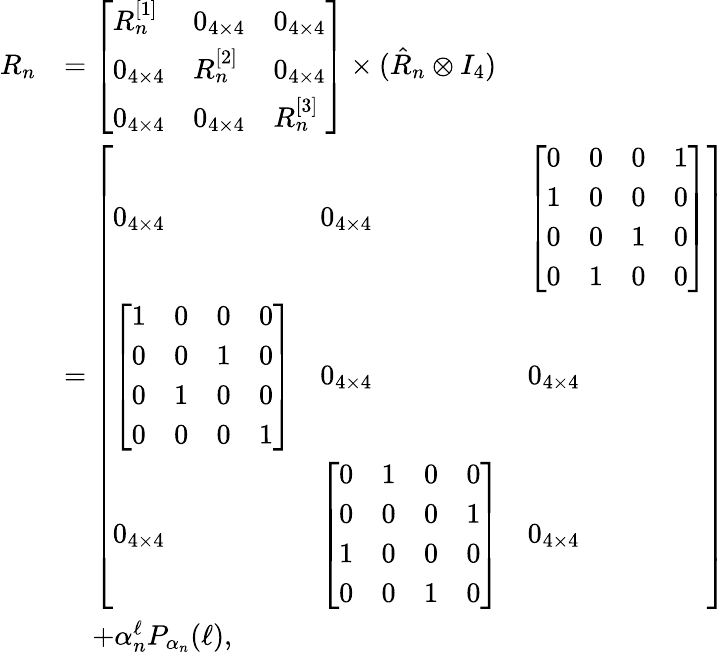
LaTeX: \begin{array}{rl}{R_{n}}&{=\left[\begin{array}{lll}{R_{n}^{[1]}}&{0_{4\times 4}}&{0_{4\times 4}}\\ {0_{4\times 4}}&{R_{n}^{[2]}}&{0_{4\times 4}}\\ {0_{4\times 4}}&{0_{4\times 4}}&{R_{n}^{[3]}}\end{array}\right]\times(\hat{R}_{n}\otimes I_{4})}\\ &{=\left[\begin{array}{lll}{0_{4\times 4}}&{0_{4\times 4}}&{\left[\begin{array}{llll}{0}&{0}&{0}&{1}\\ {1}&{0}&{0}&{0}\\ {0}&{0}&{1}&{0}\\ {0}&{1}&{0}&{0}\end{array}\right]}\\ {\left[\begin{array}{llll}{1}&{0}&{0}&{0}\\ {0}&{0}&{1}&{0}\\ {0}&{1}&{0}&{0}\\ {0}&{0}&{0}&{1}\end{array}\right]}&{0_{4\times 4}}&{0_{4\times 4}}\\ {0_{4\times 4}}&{\left[\begin{array}{llll}{0}&{1}&{0}&{0}\\ {0}&{0}&{0}&{1}\\ {1}&{0}&{0}&{0}\\ {0}&{0}&{1}&{0}\end{array}\right]}&{0_{4\times 4}}\end{array}\right]}\\ &{\quad+\alpha_{n}^{\ell}P_{\alpha_{n}}(\ell),}\end{array}